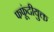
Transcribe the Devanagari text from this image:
फफूंदीयुक्त